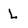
Character: L